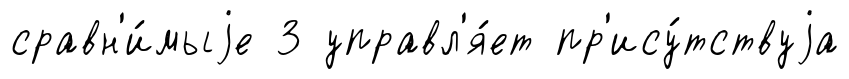
сравн'и́мыjе 3 управл'я́ет пр'ису́тствуjа